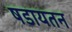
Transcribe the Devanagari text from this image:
षडायतन